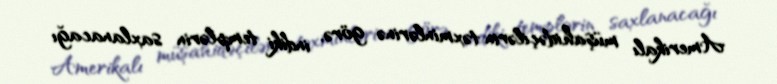
Amerikalı müşahidəçilərin təxminlərinə görə, indiki templərin saxlanacağı